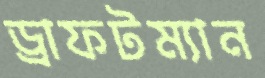
ড্রাফটম্যান